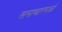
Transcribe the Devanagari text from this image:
समाचारपत्रो